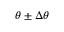
\theta \pm \Delta \theta